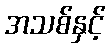
အသစ်နှင့်